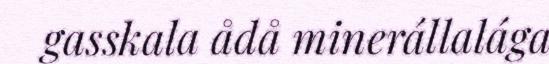
gasskala ådå minerállalága